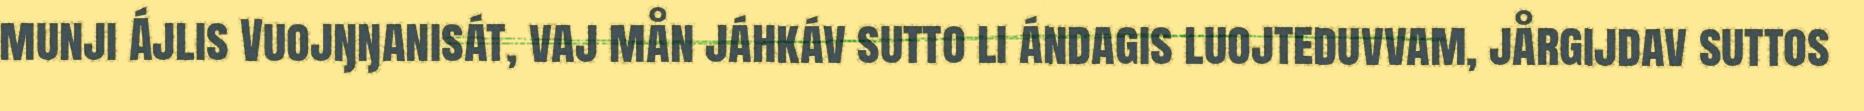
munji Ájlis Vuojŋŋanisát, vaj mån jáhkáv sutto li ándagis luojteduvvam, jårgijdav suttos